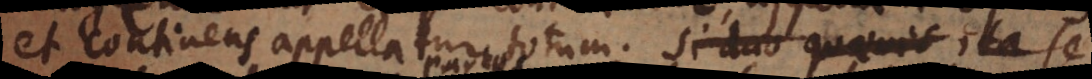
et continens appellatur totum. Si duo quaevis duae